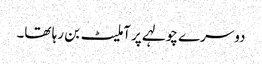
دوسرے چولہے پر آملیٹ بن رہا تھا۔